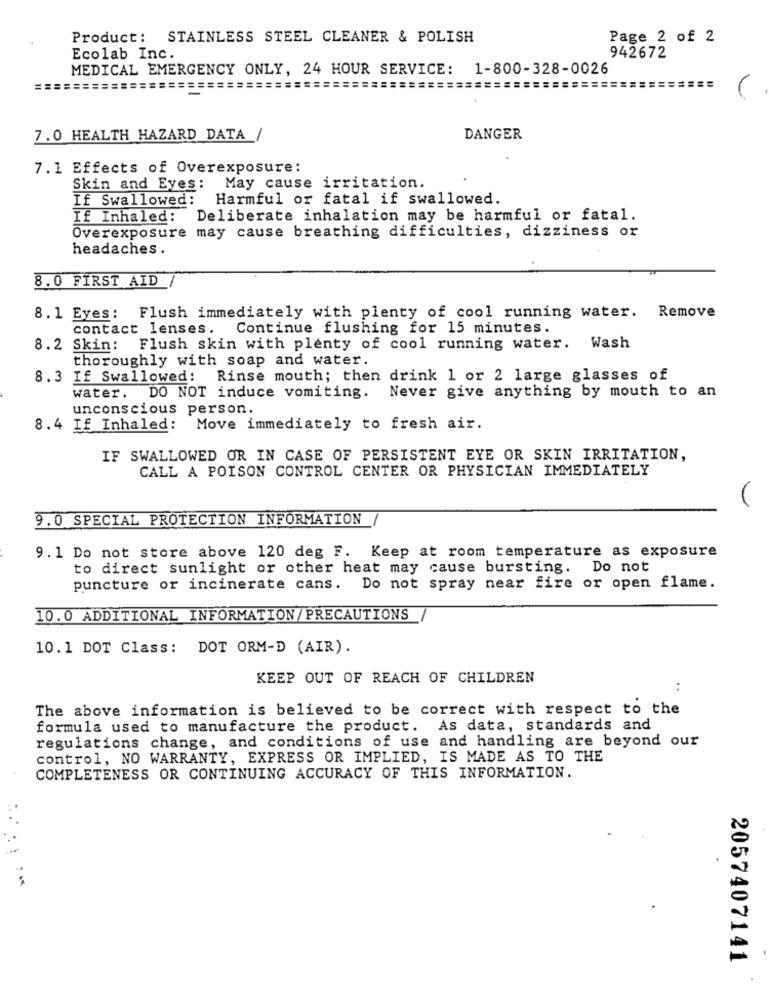
Product: STAINLESS STEEL CLEANER & POLISH
Page 2 of 2
Ecolab Inc.
942672
MEDICAL EMERGENCY ONLY, 24 HOUR SERVICE: 1-800-328-0026
===
=========
===========
=====
V
7.0 HEALTH HAZARD DATA /
DANGER
7.1 Effects of Overexposure:
Skin and Eyes: May cause irritation.
If Swallowed: Harmful or fatal if swallowed.
If Inhaled: Deliberate inhalation may be harmful or fatal.
Overexposure may cause breathing difficulties, dizziness or
headaches.
8.0 FIRST AID
8.1 Eyes: Flush immediately with plenty of cool running water. Remove
contact lenses. Continue flushing for 15 minutes.
8.2 Skin:
Flush skin with plenty of cool running water. Wash
thoroughly with soap and water.
8.3 If Swallowed: Rinse mouth; then drink 1 or 2 large glasses of
water.
DO NOT induce vomiting. Never give anything by mouth to an
unconscious person.
8.4 If Inhaled: Move immediately to fresh air.
IF SWALLOWED OR IN CASE OF PERSISTENT EYE OR SKIN IRRITATION,
CALL A POISON CONTROL CENTER OR PHYSICIAN IMMEDIATELY
9.0 SPECIAL PROTECTION INFORMATION
9.1 Do not store above 120 deg F. Keep at room temperature as exposure
to direct sunlight or other heat may cause bursting. Do not
puncture or incinerate cans. Do not spray near fire or open flame.
10.0 ADDITIONAL INFORMATION/PRECAUTIONS
10.1 DOT Class: DOT ORM-D (AIR).
KEEP OUT OF REACH OF CHILDREN
..
The above information is believed to be correct with respect to the
formula used to manufacture the product. As data, standards and
regulations change, and conditions of use and handling are beyond our
control, NO WARRANTY, EXPRESS OR IMPLIED, IS MADE AS TO THE
COMPLETENESS OR CONTINUING ACCURACY OF THIS INFORMATION.
....
2057407141